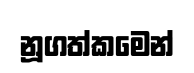
නූගත්කමෙන්